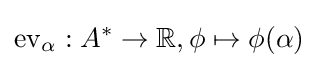
\mathrm {ev} _{\alpha }:A^{*}\to \mathbb {R} ,\phi \mapsto \phi (\alpha )